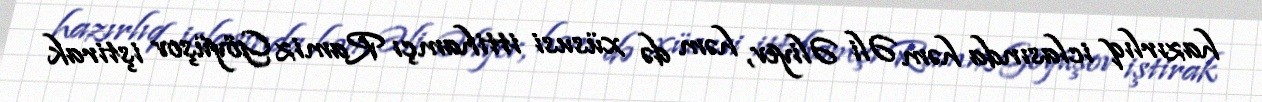
hazırlıq iclasında həm Əli Əliyev, həm də xüsusi ittihamçı Ramiz Göyüşov iştirak